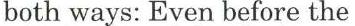
both ways: Even before the